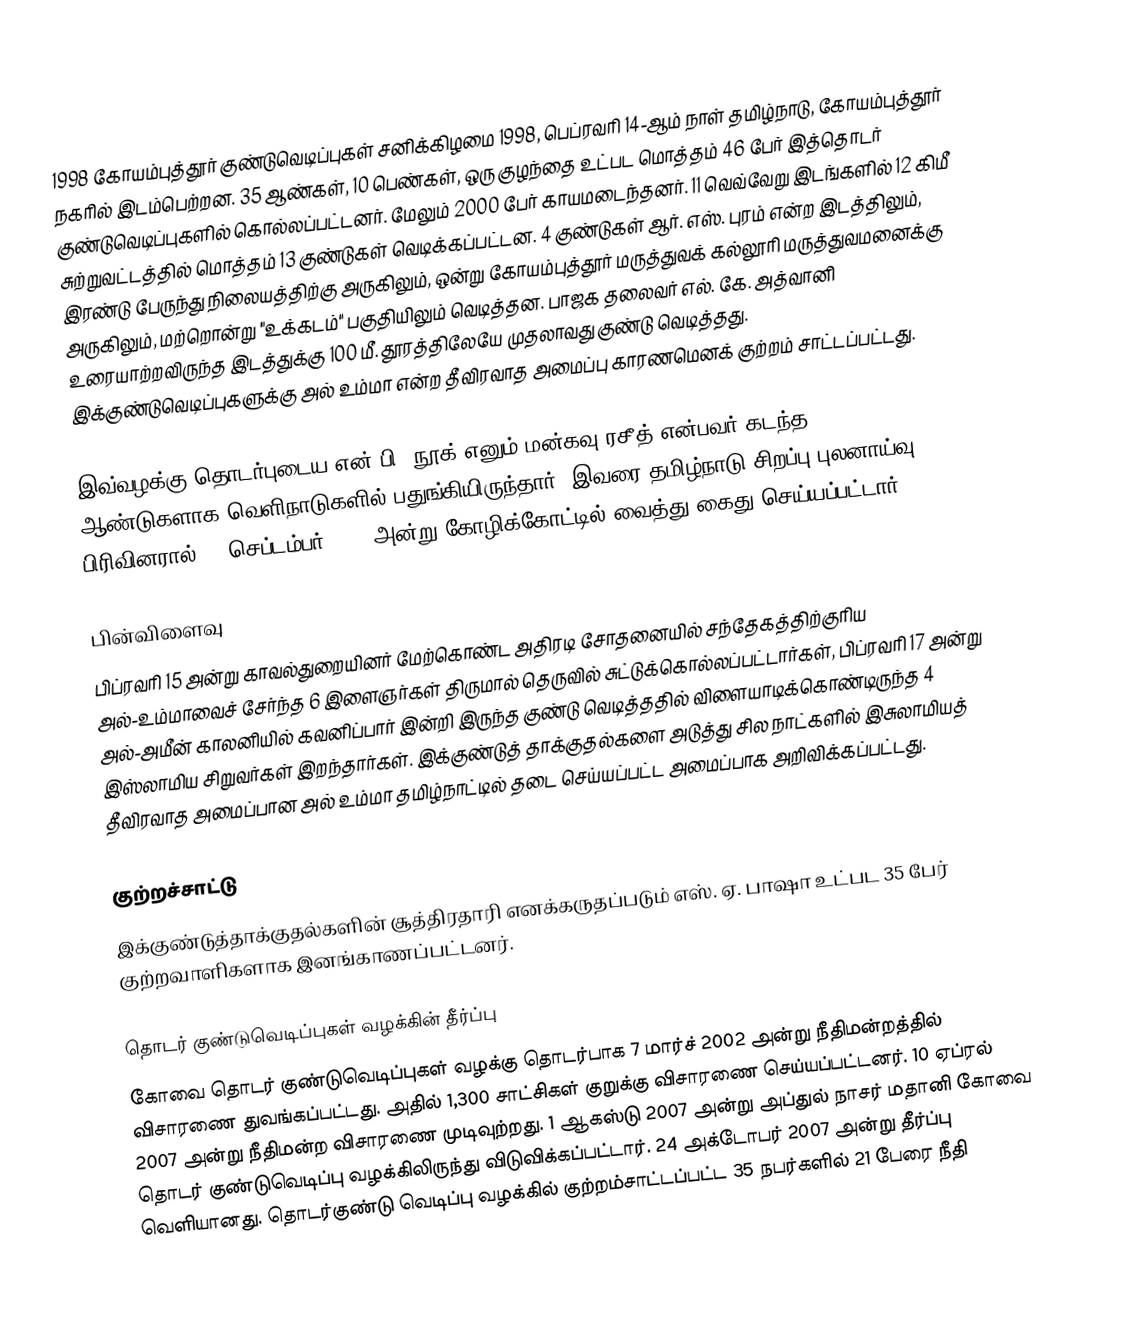
1998 கோயம்புத்தூர் குண்டுவெடிப்புகள் சனிக்கிழமை 1998, பெப்ரவரி 14-ஆம் நாள் தமிழ்நாடு, கோயம்புத்தூர் நகரில் இடம்பெற்றன. 35 ஆண்கள், 10 பெண்கள், ஒரு குழந்தை உட்பட மொத்தம் 46 பேர் இத்தொடர் குண்டுவெடிப்புகளில் கொல்லப்பட்டனர். மேலும் 2000 பேர் காயமடைந்தனர். 11 வெவ்வேறு இடங்களில் 12 கிமீ சுற்றுவட்டத்தில் மொத்தம் 13 குண்டுகள் வெடிக்கப்பட்டன. 4 குண்டுகள் ஆர். எஸ். புரம் என்ற இடத்திலும், இரண்டு பேருந்து நிலையத்திற்கு அருகிலும், ஒன்று கோயம்புத்தூர் மருத்துவக் கல்லூரி மருத்துவமனைக்கு அருகிலும், மற்றொன்று "உக்கடம்" பகுதியிலும் வெடித்தன. பாஜக தலைவர் எல். கே. அத்வானி உரையாற்றவிருந்த இடத்துக்கு 100 மீ. தூரத்திலேயே முதலாவது குண்டு வெடித்தது. இக்குண்டுவெடிப்புகளுக்கு அல் உம்மா என்ற தீவிரவாத அமைப்பு காரணமெனக் குற்றம் சாட்டப்பட்டது.

இவ்வழக்கு தொடர்புடைய என்.பி. நூக் எனும் மன்கவு ரசீத் என்பவர் கடந்த 20 ஆண்டுகளாக வெளிநாடுகளில் பதுங்கியிருந்தார். இவரை தமிழ்நாடு சிறப்பு புலனாய்வு பிரிவினரால் 11 செப்டம்பர் 2018 அன்று கோழிக்கோட்டில் வைத்து கைது செய்யப்பட்டார்.

பின்விளைவு
பிப்ரவரி 15 அன்று காவல்துறையினர் மேற்கொண்ட அதிரடி சோதனையில் சந்தேகத்திற்குரிய அல்-உம்மாவைச் சேர்ந்த 6 இளைஞர்கள் திருமால் தெருவில் சுட்டுக்கொல்லப்பட்டார்கள், பிப்ரவரி 17 அன்று அல்-அமீன் காலனியில் கவனிப்பார் இன்றி இருந்த குண்டு வெடித்ததில் விளையாடிக்கொண்டிருந்த 4 இஸ்லாமிய சிறுவர்கள் இறந்தார்கள். இக்குண்டுத் தாக்குதல்களை அடுத்து சில நாட்களில் இசுலாமியத் தீவிரவாத அமைப்பான அல் உம்மா தமிழ்நாட்டில் தடை செய்யப்பட்ட அமைப்பாக அறிவிக்கப்பட்டது.

குற்றச்சாட்டு
இக்குண்டுத்தாக்குதல்களின் சூத்திரதாரி எனக்கருதப்படும் எஸ். ஏ. பாஷா உட்பட 35 பேர் குற்றவாளிகளாக இனங்காணப்பட்டனர்.

தொடர் குண்டுவெடிப்புகள் வழக்கின் தீர்ப்பு
கோவை தொடர் குண்டுவெடிப்புகள் வழக்கு தொடர்பாக 7 மார்ச் 2002 அன்று நீதிமன்றத்தில் விசாரணை துவங்கப்பட்டது. அதில் 1,300 சாட்சிகள் குறுக்கு விசாரணை செய்யப்பட்டனர். 10 ஏப்ரல் 2007 அன்று நீதிமன்ற விசாரணை முடிவுற்றது. 1 ஆகஸ்டு 2007 அன்று அப்துல் நாசர் மதானி கோவை தொடர் குண்டுவெடிப்பு வழக்கிலிருந்து விடுவிக்கப்பட்டார். 24 அக்டோபர் 2007 அன்று தீர்ப்பு வெளியானது. தொடர்குண்டு வெடிப்பு வழக்கில் குற்றம்சாட்டப்பட்ட 35 நபர்களில் 21 பேரை நீதி